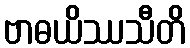
ဗာဓယိဿသီတိ